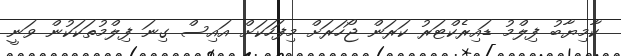
ކާމިޔާބު ފިލްމު ޑައިރެކްޓަރު ކަރަން ޖޯހަރަށް މިފަހަކަށް އައިސް ގިނަ ފިލްމުތަކަކުން ވަނީ